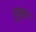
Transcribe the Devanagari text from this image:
हुक्‍का